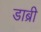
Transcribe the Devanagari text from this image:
डाब्री